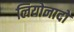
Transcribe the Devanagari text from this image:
लियोनादों